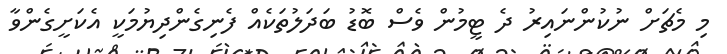
މި މެޗަށް ނުކުންނައިރު ދެ ޓީމުން ވެސް ބޮޑު ބަދަލުތަކެއް ފެނިގެންދިޔުމަކީ އެކަށީގެންވާ